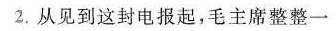
2.从见到这封电报起，毛主席整整一